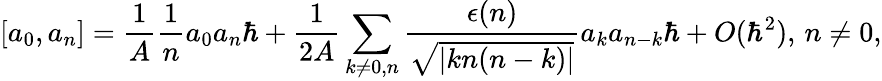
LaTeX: [a_{0},a_{n}]={\frac{1}{A}}{\frac{1}{n}}a_{0}a_{n}\hbar+{\frac{1}{2A}}\sum_{k\ne 0,n}{\frac{\epsilon(n)}{\sqrt{|kn(n-k)|}}}a_{k}a_{n-k}\hbar+O(\hbar^{2}),\, n\ne 0,